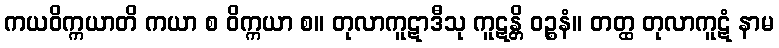
ကယဝိက္ကယာတိ ကယာ စ ဝိက္ကယာ စ။ တုလာကူဋာဒီသု ကူဋန္တိ ဝဉ္စနံ။ တတ္ထ တုလာကူဋံ နာမ